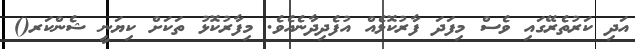
އަދި ކަރުތެރޭގައި ވެސް މިފަދަ ފާރުކޮޅެއް އުފެދިދާނެއެވެ. މިފާރުކޮޅު ތަކަށް ކިޔަނީ ޝެންކަރ()